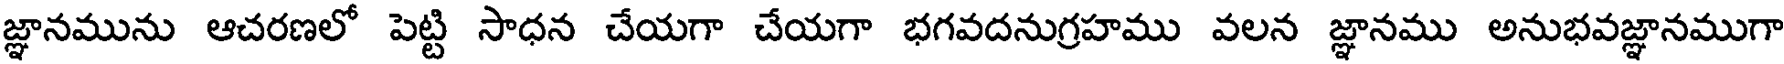
జ్ఞానమును ఆచరణలో పెట్టి సాధన చేయగా చేయగా భగవదనుగ్రహము వలన జ్ఞానము అనుభవజ్ఞానముగా